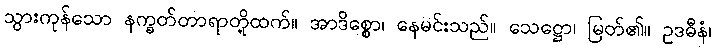
သွားကုန်သော နက္ခတ်တာရာတို့ထက်။ အာဒိစ္စော၊ နေမင်းသည်။ သေဋ္ဌော၊ မြတ်၏။ ဥဒဓီနံ၊